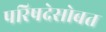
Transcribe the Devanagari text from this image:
परिषदेसोबत